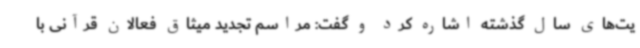
یت‌های سال گذشته اشاره کرد و گفت: مراسم تجدید میثاق فعالان قرآنی با